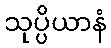
သုပ္ပိယာနံ